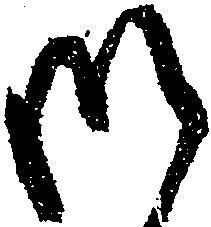
御